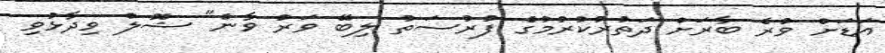
އަޑަށް ވުރެ ބާރަށް ދަތުރުކުރުމުގެ ފުރުސަތު ލިބޭ ވަރު ވާނެ" ޝޮލް ވިދާޅުވި